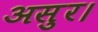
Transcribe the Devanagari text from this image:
असुर।